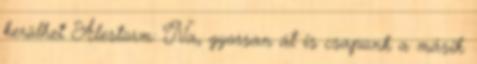
kerülhet Alestorm: Na, gyorsan át is csapunk a másik